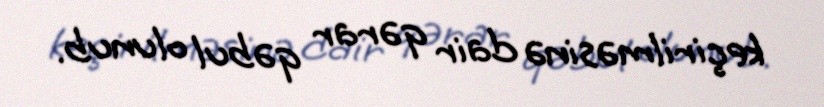
keçirilməsinə dair qərar qəbul olunub.